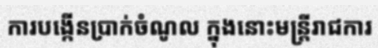
ការបង្កើនប្រាក់ចំណូល ក្នុងនោះមន្ត្រីរាជការ